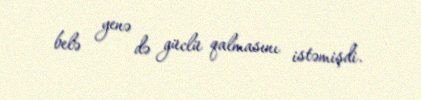
belə yenə də güclü qalmasını istəmişdi.